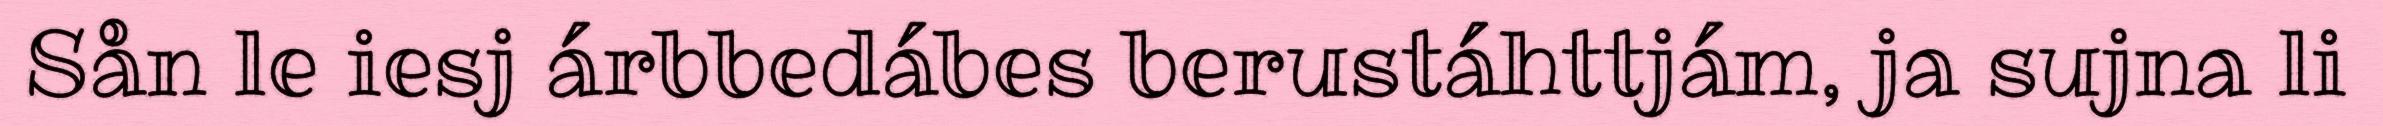
Sån le iesj árbbedábes berustáhttjám, ja sujna li